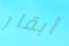
أبقار